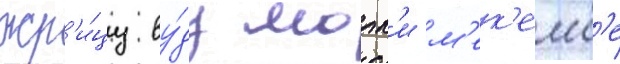
жр'и́цу ву́ду молл'и м'ек'емб'е